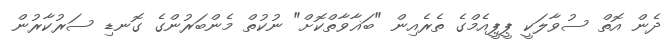
ދެން އޮތް ސުވާލަކީ ޕީޕީއެމްގެ ތެރެއިން "ބަޣާވާތްކޮށް" ނުކުތް މެންބަރުންގެ ގޮނޑި ސަރުކާރުން